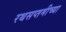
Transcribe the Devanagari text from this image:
रथसप्तमीच्या